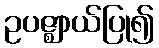
ဥပဇ္ဈာယ်ပြု၍